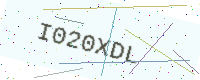
Text: I020XDL